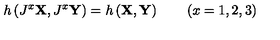
h \left( J ^ { x } \mathrm { \bf X } , J ^ { x } \mathrm { \bf Y } \right) = h \left( \mathrm { \bf X } , \mathrm { \bf Y } \right) \quad \quad ( x = 1 , 2 , 3 )